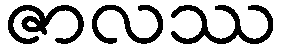
ဇာလဿ